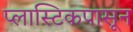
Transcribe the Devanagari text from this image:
प्लास्टिकपासून